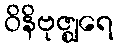
ဝိနိဗုဇ္ဈရေ